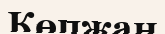
Көпжан